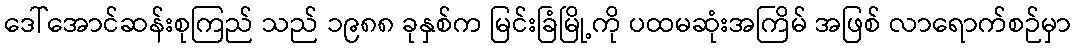
ဒေါ်အောင်ဆန်းစုကြည် သည် ၁၉၈၈ ခုနှစ်က မြင်းခြံမြို့ကို ပထမဆုံးအကြိမ် အဖြစ် လာရောက်စဉ်မှာ